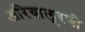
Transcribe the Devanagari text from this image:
अरियालूरची